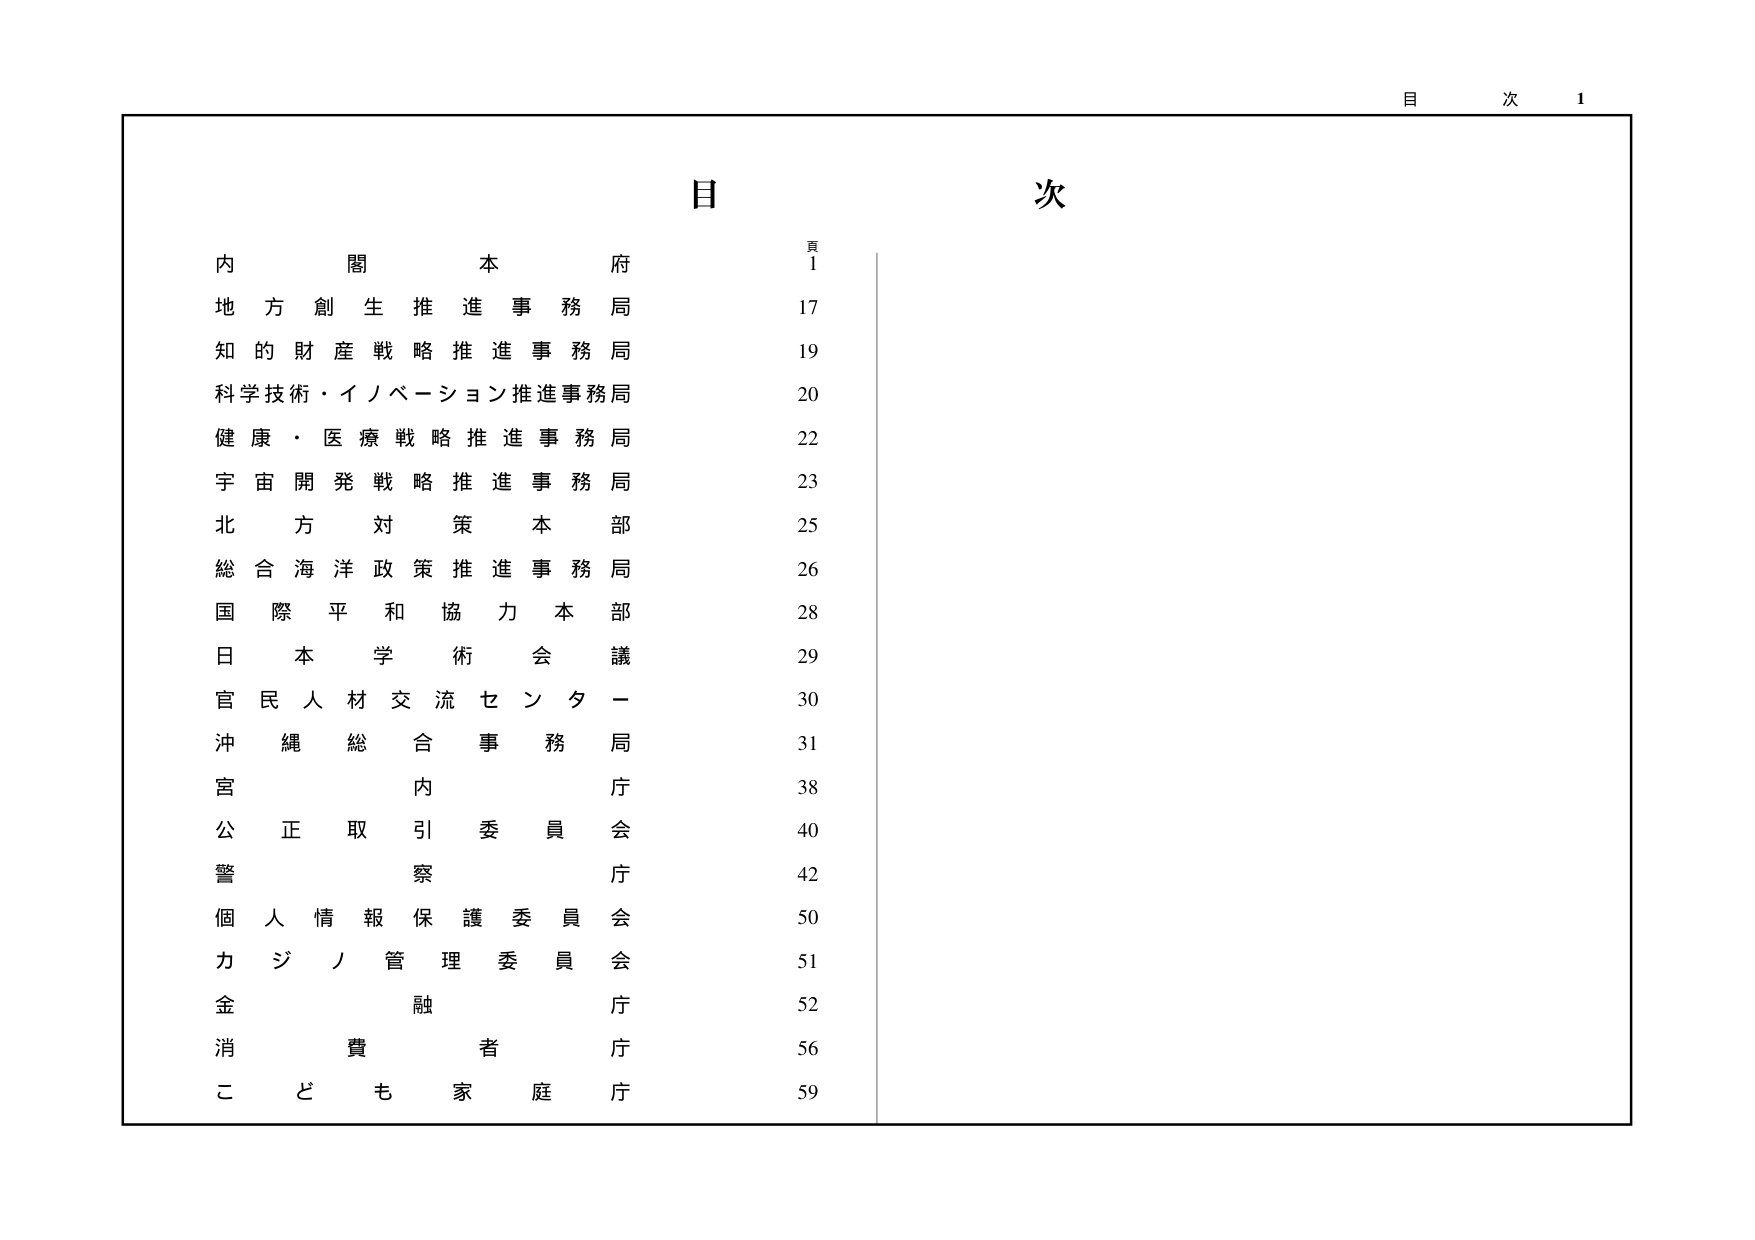
目 次 1

目 次

頁
内 閣 本 府 1
地 方 創 生 推 進 事 務 局 17
知 的 財 産 戦 略 推 進 事 務 局 19
科学技術・イノベーション推進事務局 20
健 康 ・ 医 療 戦 略 推 進 事 務 局 22
宇 宙 開 発 戦 略 推 進 事 務 局 23
北 方 対 策 本 部 25
総 合 海 洋 政 策 推 進 事 務 局 26
国 際 平 和 協 力 本 部 28
日 本 学 術 会 議 29
官 民 人 材 交 流 セ ン タ ー 30
沖 縄 総 合 事 務 局 31
宮 内 庁 38
公 正 取 引 委 員 会 40
警 察 庁 42
個 人 情 報 保 護 委 員 会 50
カ ジ ノ 管 理 委 員 会 51
金 融 庁 52
消 費 者 庁 56
こ ど も 家 庭 庁 59